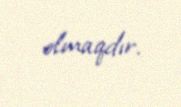
olmaqdır.